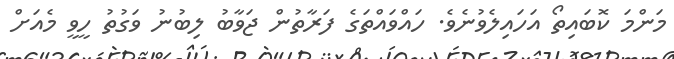
މަންމަ ކޮބައިތޯ އަހައިލެވުނެވެ. ހައްވައްތަގެ ފަރާތުން ޖަވާބު ލިބުނު ވަގުތު ހީވީ މެއަށް